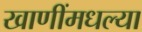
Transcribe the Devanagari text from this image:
खाणींमधल्या